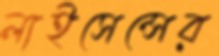
লাইসেন্সের